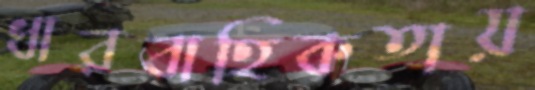
ধারবাহিকতায়